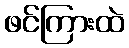
ဖင်ကြားထဲ